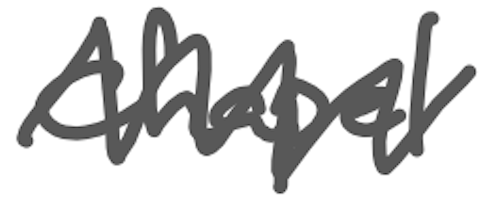
Text: chapel
Cross-out: zig-zag
Writing tool: digital_gray